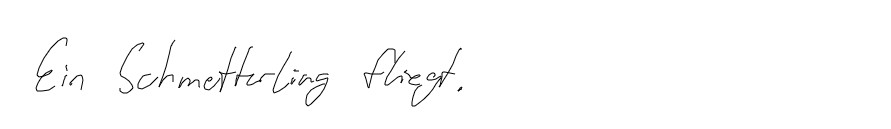
Ein Schmetterling fliegt.